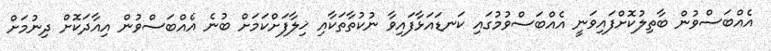
އެއްބަސްވުން ބާތިލުކޮށްފައިވަނީ އެއްބަސްވުމުގައި ކަނޑައަޅާފައިވާ ނުކުތާތަކާއި ޚިލާފަށްކަމަށް ބުނެ އެއްބަސްވުން އިއާދަކޮށް ދިނުމަށް